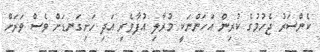
ކެންސަރު ޖެހުމުގެ ކުރިން އަހަންނަކީ މުރާލި އުފާވެރި އަދި ހަށިގަނޑަށް ވެސް ވަރަށް